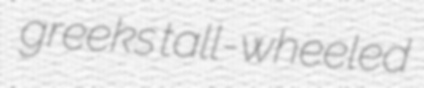
greeks tall-wheeled